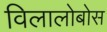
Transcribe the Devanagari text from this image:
विलालोबोस